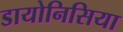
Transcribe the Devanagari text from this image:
डायोनिसिया